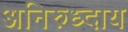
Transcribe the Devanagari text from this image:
अनिरुध्दाय